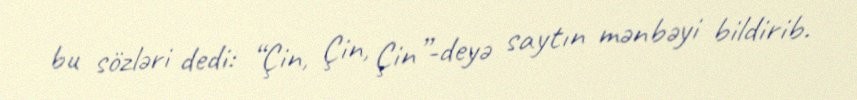
bu sözləri dedi: “Çin, Çin, Çin”-deyə saytın mənbəyi bildirib.